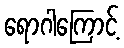
ရောဂါကြောင့်